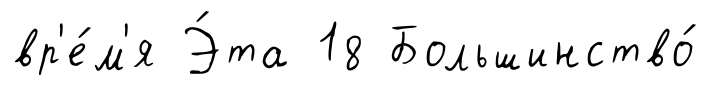
вр'е́м'я Э́та 18 Большинство́